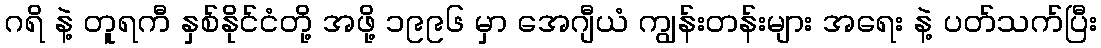
ဂရိ နဲ့ တူရကီ နှစ်နိုင်ငံတို့ အဖို့ ၁၉၉၆ မှာ အေဂျီယံ ကျွန်းတန်းများ အရေး နဲ့ ပတ်သက်ပြီး